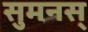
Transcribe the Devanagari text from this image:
सुमनस्‌